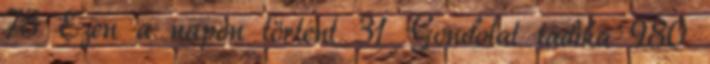
78 Ezen a napon történt 31 Gondolat ládika 980